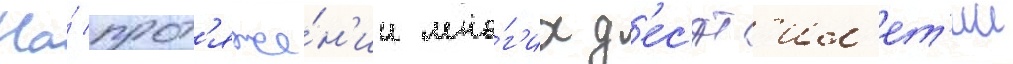
На́ прот'яже́н'ии мно́г'их д'ес'ят'ил'ет'ии